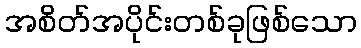
အစိတ်အပိုင်းတစ်ခုဖြစ်သော